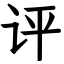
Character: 评